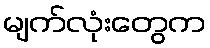
မျက်လုံးတွေက